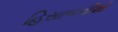
હિસાબનીશો